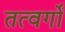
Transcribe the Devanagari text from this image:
तत्वर्गों